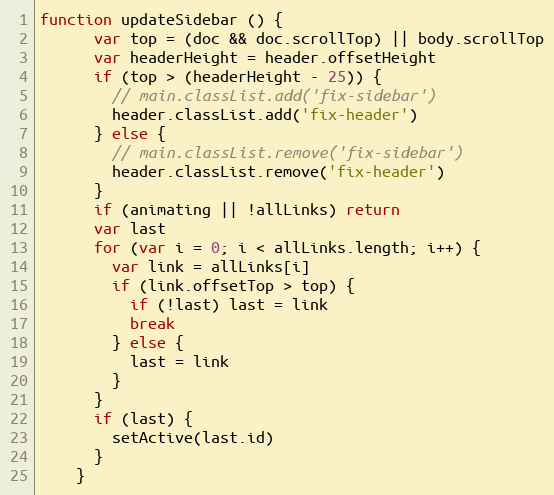
Language: JavaScript
function updateSidebar () {
      var top = (doc && doc.scrollTop) || body.scrollTop
      var headerHeight = header.offsetHeight
      if (top > (headerHeight - 25)) {
        // main.classList.add('fix-sidebar')
        header.classList.add('fix-header')
      } else {
        // main.classList.remove('fix-sidebar')
        header.classList.remove('fix-header')
      }
      if (animating || !allLinks) return
      var last
      for (var i = 0; i < allLinks.length; i++) {
        var link = allLinks[i]
        if (link.offsetTop > top) {
          if (!last) last = link
          break
        } else {
          last = link
        }
      }
      if (last) {
        setActive(last.id)
      }
    }